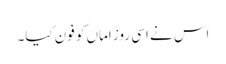
اس نے اسی روز اماں کو فون کیا۔